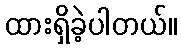
ထားရှိခဲ့ပါတယ်။